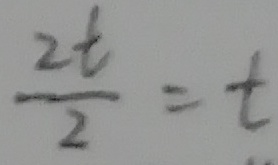
\frac { 2 t } { 2 } = t